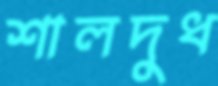
শালদুধ